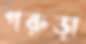
গরুড়া